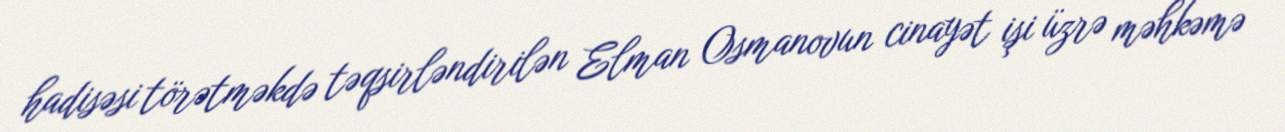
hadisəsi törətməkdə təqsirləndirilən Elman Osmanovun cinayət işi üzrə məhkəmə